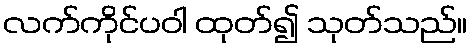
လက်ကိုင်ပဝါ ထုတ်၍ သုတ်သည်။